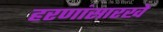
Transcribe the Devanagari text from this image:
हरणांसारखे